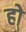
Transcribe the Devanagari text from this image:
हो्